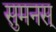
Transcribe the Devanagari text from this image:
सुमनस्‌